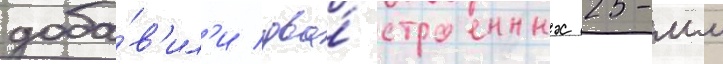
доба́в'ил'и два́ строенных 25-мм